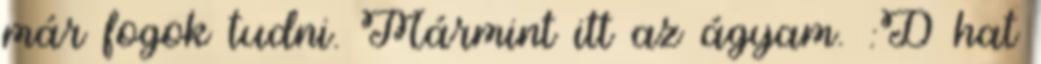
már fogok tudni. Mármint itt az ágyam. :D hat